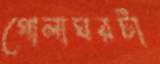
গোলাঘরটা